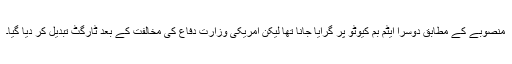
منصوبے کے مطابق دوسرا ایٹم بم کیوٹو پر گرایا جانا تھا لیکن امریکی وزارت دفاع کی مخالفت کے بعد ٹارگٹ تبدیل کر دیا گیا۔